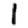
Digit: 1